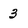
Character: 3